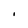
Character: I